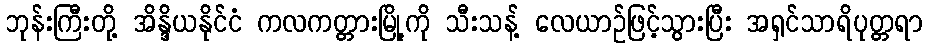
ဘုန်းကြီးတို့ အိန္ဒိယနိုင်ငံ ကလကတ္တားမြို့ကို သီးသန့် လေယာဉ်ဖြင့်သွားပြီး အရှင်သာရိပုတ္တရာ